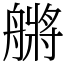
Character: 䒂